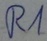
Text: R1